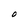
Character: O